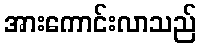
အားကောင်းလာသည်